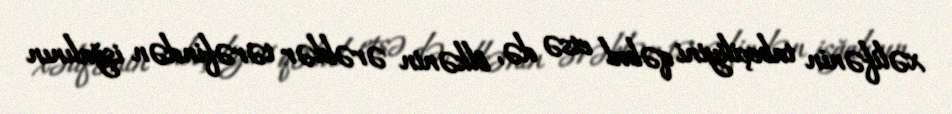
xəlifənin tabeçiliyini qəbul etsə də, ölkənin ərəblər tərəfindən işğalının